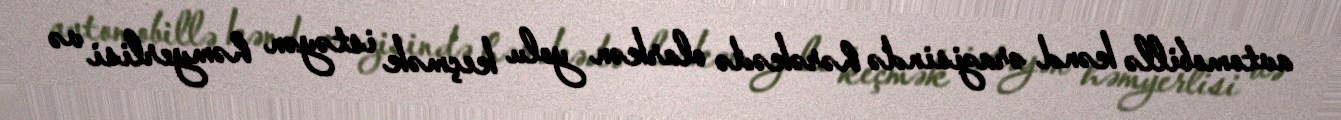
avtomobillə kənd ərazisində hərəkədə olarkən yolu keçmək istəyən həmyerlisi və